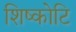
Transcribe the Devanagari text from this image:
शिष्कोटि